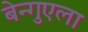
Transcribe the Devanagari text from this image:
बेन्गुएला